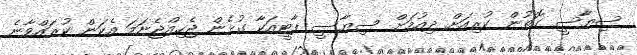
ސިޔާސީ ގޮތުން ކުރިއަށް ދިއުމަށް ސިޔާސީ ޕާޓީއަކާ ގުޅެން ޖެހިއްޖެނަމަ އެކަން ކުރައްވާނެ